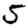
Digit: 5